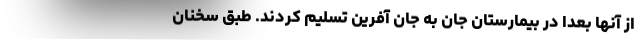
از آنها بعداً در بیمارستان جان به جان آفرین تسلیم کردند. طبق سخنان